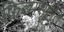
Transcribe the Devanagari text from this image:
फिल्मसृष्टीत